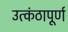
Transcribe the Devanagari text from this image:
उत्कंठापूर्ण